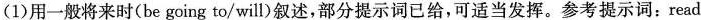
(1)用一般将来时(be going to/will)叙述，部分提示词已给，可适当发挥。参考提示词：read